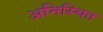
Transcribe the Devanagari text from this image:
अनिस्चित